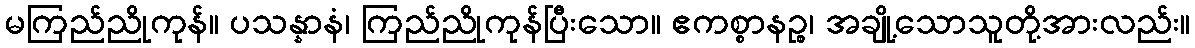
မကြည်ညိုကုန်။ ပသန္နာနံ၊ ကြည်ညိုကုန်ပြီးသော။ ဧကစ္စာနဉ္စ၊ အချို့သောသူတို့အားလည်း။